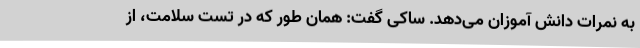
به نمرات دانش آموزان می‌دهد. ساکی گفت: همان طور که در تست سلامت، از